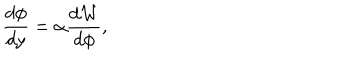
\frac { d \phi } { d y } = \alpha \frac { d { \cal W } } { d \phi } ,